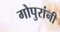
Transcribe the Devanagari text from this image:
गोपुरांनी